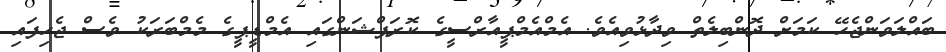
ބައްލަވަންޖެހޭ ކަމަށް ދޮންބިލެތް ވިދާޅުވިއެވެ. އެމްއެމްޕީއާރްސީގެ ކޮރަޕްޝަންގައި އެމްޑީޕީގެ މެމްބަރަކު ވެސް ޖެހިފައި